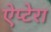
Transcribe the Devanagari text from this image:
ऐप्टेरा